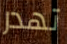
تهدر